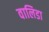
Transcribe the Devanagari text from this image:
वालिडा